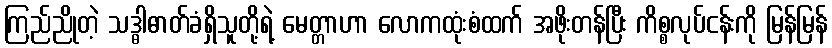
ကြည်ညိုတဲ့ သဒ္ဓါဓာတ်ခံရှိသူတို့ရဲ့ မေတ္တာဟာ လောကထုံးစံထက် အဖိုးတန်ပြီး ကိစ္စလုပ်ငန်းကို မြန်မြန်